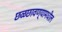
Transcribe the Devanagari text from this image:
छळछावण्यामधील